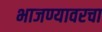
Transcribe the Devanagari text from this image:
भाजण्यावरचा